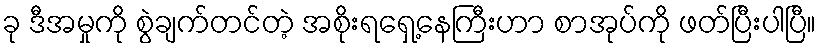
ခု ဒီအမှုကို စွဲချက်တင်တဲ့ အစိုးရရှေ့နေကြီးဟာ စာအုပ်ကို ဖတ်ပြီးပါပြီ။